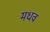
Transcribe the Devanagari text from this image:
मधव